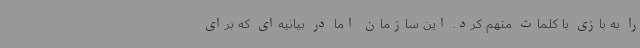
را به بازی با کلمات متهم کرد. این سازمان اما در بیانیه‌ای که برای